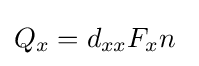
Q_{x}=d_{xx}F_{x}n~